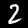
Label: 2